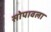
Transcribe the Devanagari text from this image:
सोपावला